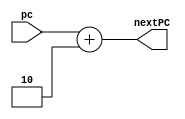
module PC_adder(input[15:0] pc,output[15:0] nextPC);
  reg[15:0] next;
  
  always @(*)next = pc + 16'd2;
  
  assign nextPC = next;
  
endmodule 


module adder(input[15:0] inp1,inp2,output[15:0] out);
  
  assign out = inp1+inp2;
  
endmodule